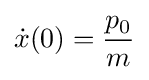
{\dot {x}}(0)={\frac {p_{0}}{m}}